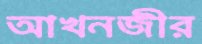
আখনজীর